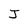
Character: J